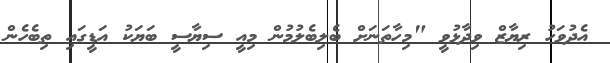
އެދުވަހު ރިޔާޒް ވިދާޅުވީ "މިހާތަނަށް ބެލިބެލުމުން މިއީ ސިޔާސީ ބަޔަކު އަޑީގައި ތިބެހެން